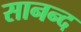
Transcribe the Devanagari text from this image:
सानन्‍द